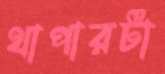
থাপারটা